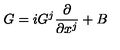
G = i G ^ { j } \frac { \partial } { \partial x ^ { j } } + B